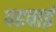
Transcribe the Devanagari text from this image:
पढवाई